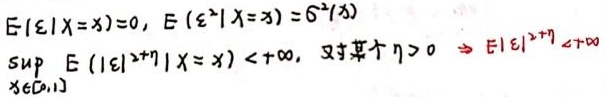
$E\{\varepsilon|X = x\}=0, E\left(\varepsilon^{2}|X = x\right)=\sigma^{2}(x)$

$\sup _{x \in[0,1]} E\left(|\varepsilon|^{2+\eta}|X = x\right)<+\infty, \text { 对某个 } \eta>0 \Rightarrow E|\varepsilon|^{2+\eta}<+\infty$